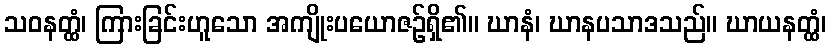
သဝနတ္ထံ၊ ကြားခြင်းဟူသော အကျိုးပယောဇဉ်ရှိ၏။ ဃာနံ၊ ဃာနပသာဒသည်။ ဃာယနတ္ထံ၊